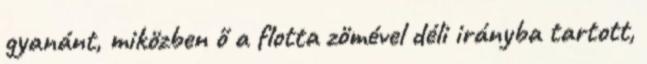
gyanánt, miközben ő a flotta zömével déli irányba tartott,